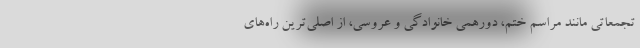
تجمعاتی مانند مراسم ختم، دورهمی خانوادگی و عروسی، از اصلی‌ترین راه‌های